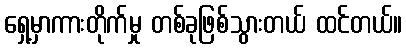
ရှေ့မှာကားတိုက်မှု တစ်ခုဖြစ်သွားတယ် ထင်တယ်။